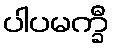
ပါပမက္ခီ